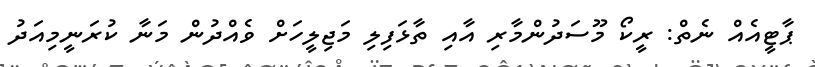
ޕާޓީއެއް ނެތް: ރީކޯ މޫސަދުންމާރި އާއި ތާޅަފިލި މަޖިލީހަށް ވެއްދުން މަނާ ކުރަނީމިއަދު